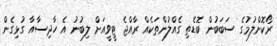
ރޯކޮށްލުމުގެ ސަބަބުން ބޮޑެތި ގެއްލުންތަކެއް ރާއްޖެ ޓީވީއަށް ލިބުނު އެ ހާދިސާއާ ގުޅިގެން